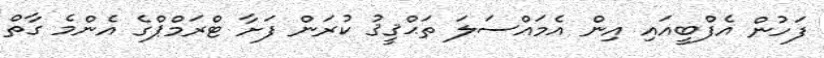
ފަހުން އެފްބީއައި އިން އެމައްސަލަ ތަޙްޤީޤު ކުރަން ފަށާ ޓްރަމްޕްގެ އެންމެ ގާތް